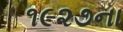
૧૯૨૭ના